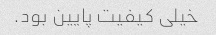
خیلی کیفیت پایین بود.